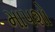
માપશો